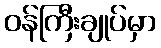
ဝန်ကြီးချုပ်မှာ